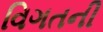
વિગતની